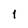
Character: 1